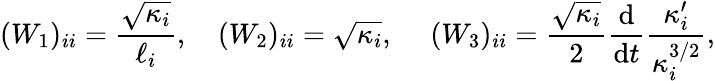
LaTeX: (W_{1})_{ii}=\frac{\sqrt{\kappa_{i}}}{\ell_{i}},\ \ \ \ (W_{2})_{ii}=\sqrt{\kappa_{i}},\ \ \ \ \ (W_{3})_{ii}=\frac{\sqrt{\kappa_{i}}}{2}\frac{\mathrm{d}}{\mathrm{d}t}\frac{\kappa_{i}^{\prime}}{\kappa_{i}^{3/2}},